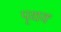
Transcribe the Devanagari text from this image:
पृथक्‍